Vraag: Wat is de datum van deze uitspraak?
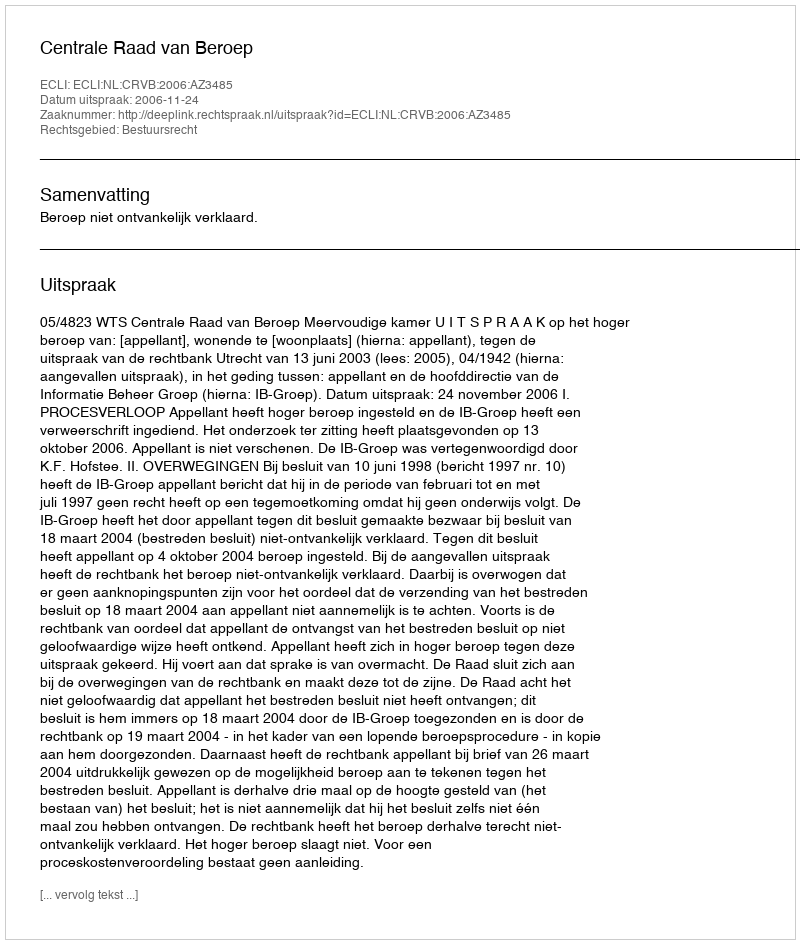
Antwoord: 2006-11-24